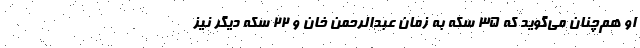
او هم‌چنان می‌گوید که ۳۵ سکه به زمان عبدالرحمن خان و ۲۲ سکه دیگر نیز